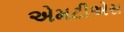
એમટીએસ